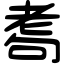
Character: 耈